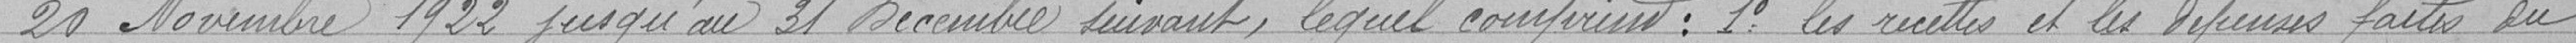
20 Novembre 1922 jusqu'au 31 Décembre suivant , lequel comprend: 1° les recettes et les dépenses faites du